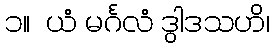
၁။  ယံ မင်္ဂလံ ဒွါဒသဟိ၊